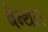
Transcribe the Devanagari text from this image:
बेन्थल